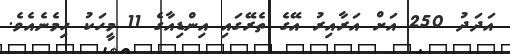
އަދަދު 250 އަށް އަރާއިރު އޭގެ ތެރޭގައި އިންޑިއާގެ 11 މީހަކު ހިމެނެއެވެ.